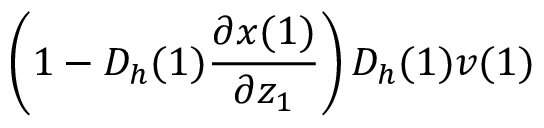
\left( 1 - D _ { h } ( 1 ) \frac { \partial x ( 1 ) } { \partial z _ { 1 } } \right) D _ { h } ( 1 ) v ( 1 )